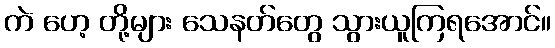
ကဲ ဟေ့ တို့များ သေနတ်တွေ သွားယူကြရအောင်။